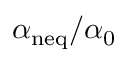
\alpha _ { \mathrm { n e q } } / \alpha _ { 0 }